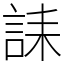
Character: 誄